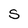
Character: S